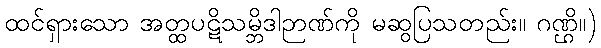
ထင်ရှားသော အတ္ထပဋိသမ္ဘိဒါဉာဏ်ကို မဆွပြသတည်း။ ဂဏ္ဌိ။)